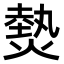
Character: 𤍽